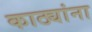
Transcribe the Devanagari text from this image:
काठ्यांना